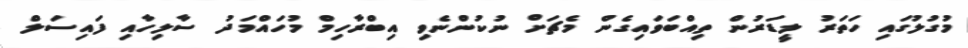
މުގުލުގައި ހަތަރު ލީޑަރުން ތިއްބަވައިގެން މެޗަށް ނުކުންނެވި އިބްރާހިމް މުހައްމަދު ސާލިހާއި ފައިސަލް